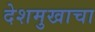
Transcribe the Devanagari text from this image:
देशमुखाचा